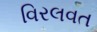
વિરલવત